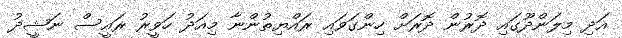
އަދި މިލަންދޫގައި ދޮރުން ދޮރަށް ހިންގަވައި ރައްޔިތުންނާ މިއަދު ހަވީރު ރައީސް ނަޝީދު